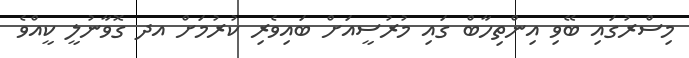
މިސްރުގައި ބޭވި އިންތިހާބް ގައި މުރުސީއަށް ބައިވެރި ކުރުމަށް އދ ގޮވާނުލީ ކީއްވެ